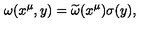
\omega ( x ^ { \mu } , y ) = { \widetilde \omega } ( x ^ { \mu } ) \sigma ( y ) ,